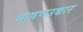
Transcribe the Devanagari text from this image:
भाषणउच्चार